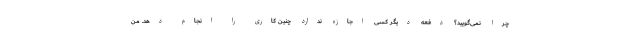
چرا نمی‌گویید؟ دفعه دیگر کسی اجازه ندارد چنین کاری را انجام دهد. من